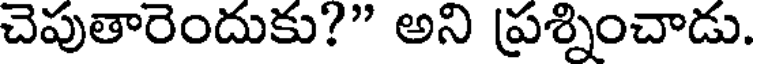
చెపుతారెందుకు?" అని ప్రశ్నించాడు.